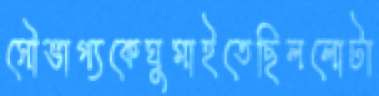
সৌভাগ্যকেঘুমাইতেছিললোটা